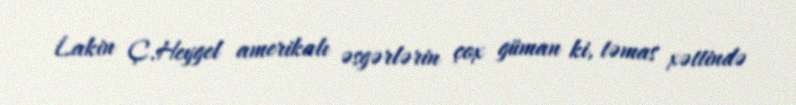
Lakin Ç.Heygel amerikalı əsgərlərin çox güman ki, təmas xəttində